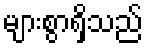
များစွာရှိသည်